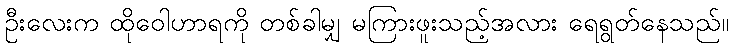
ဦးလေးက ထိုဝေါဟာရကို တစ်ခါမျှ မကြားဖူးသည့်အလား ရေရွတ်နေသည်။